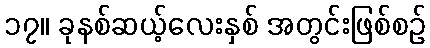
၁၇။ ခုနစ်ဆယ့်လေးနှစ် အတွင်းဖြစ်စဉ်